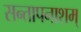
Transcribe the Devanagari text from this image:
सन्तापनाशम्